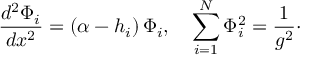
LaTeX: { \frac { d ^ { 2 } \Phi _ { i } } { d x ^ { 2 } } } = ( \alpha - h _ { i } ) \, \Phi _ { i } , \quad \sum _ { i = 1 } ^ { N } \Phi _ { i } ^ { 2 } = { \frac { 1 } { g ^ { 2 } } } \cdotp